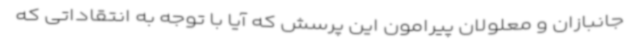
جانبازان و معلولان پیرامون این پرسش که آیا با توجه به انتقاداتی که